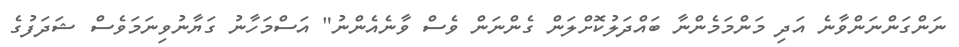
ނަންގަންނަންވާނެ އަދި މަންމަމެންނާ ބައްދަލުކޮށްލަން ގެންނަން ވެސް ވާނެއެންނު" އަސްމަހާނު ގަޔާނުވިނަމަވެސް ޝަދަފުގެ